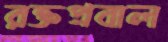
রক্তপ্রবাল